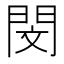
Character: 閔